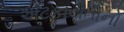
અટકાયતોનો